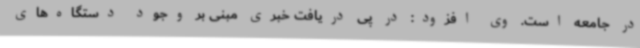
در جامعه است. وی افزود: در پی دریافت خبری مبنی بر وجود دستگاه‌های